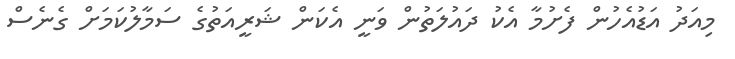
މިއަދު އަޑުއެހުން ފެށުމާ އެކު ދައުލަތުން ވަނީ އެކަން ޝަރީއަތުގެ ސަމާލުކަމަށް ގެނެސް